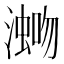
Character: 𪷡